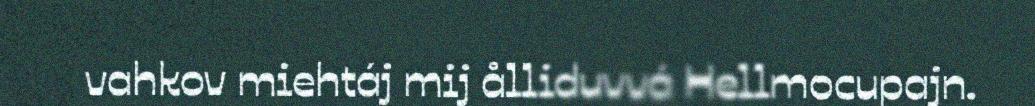
vahkov miehtáj mij ålliduvvá Hellmocupajn.